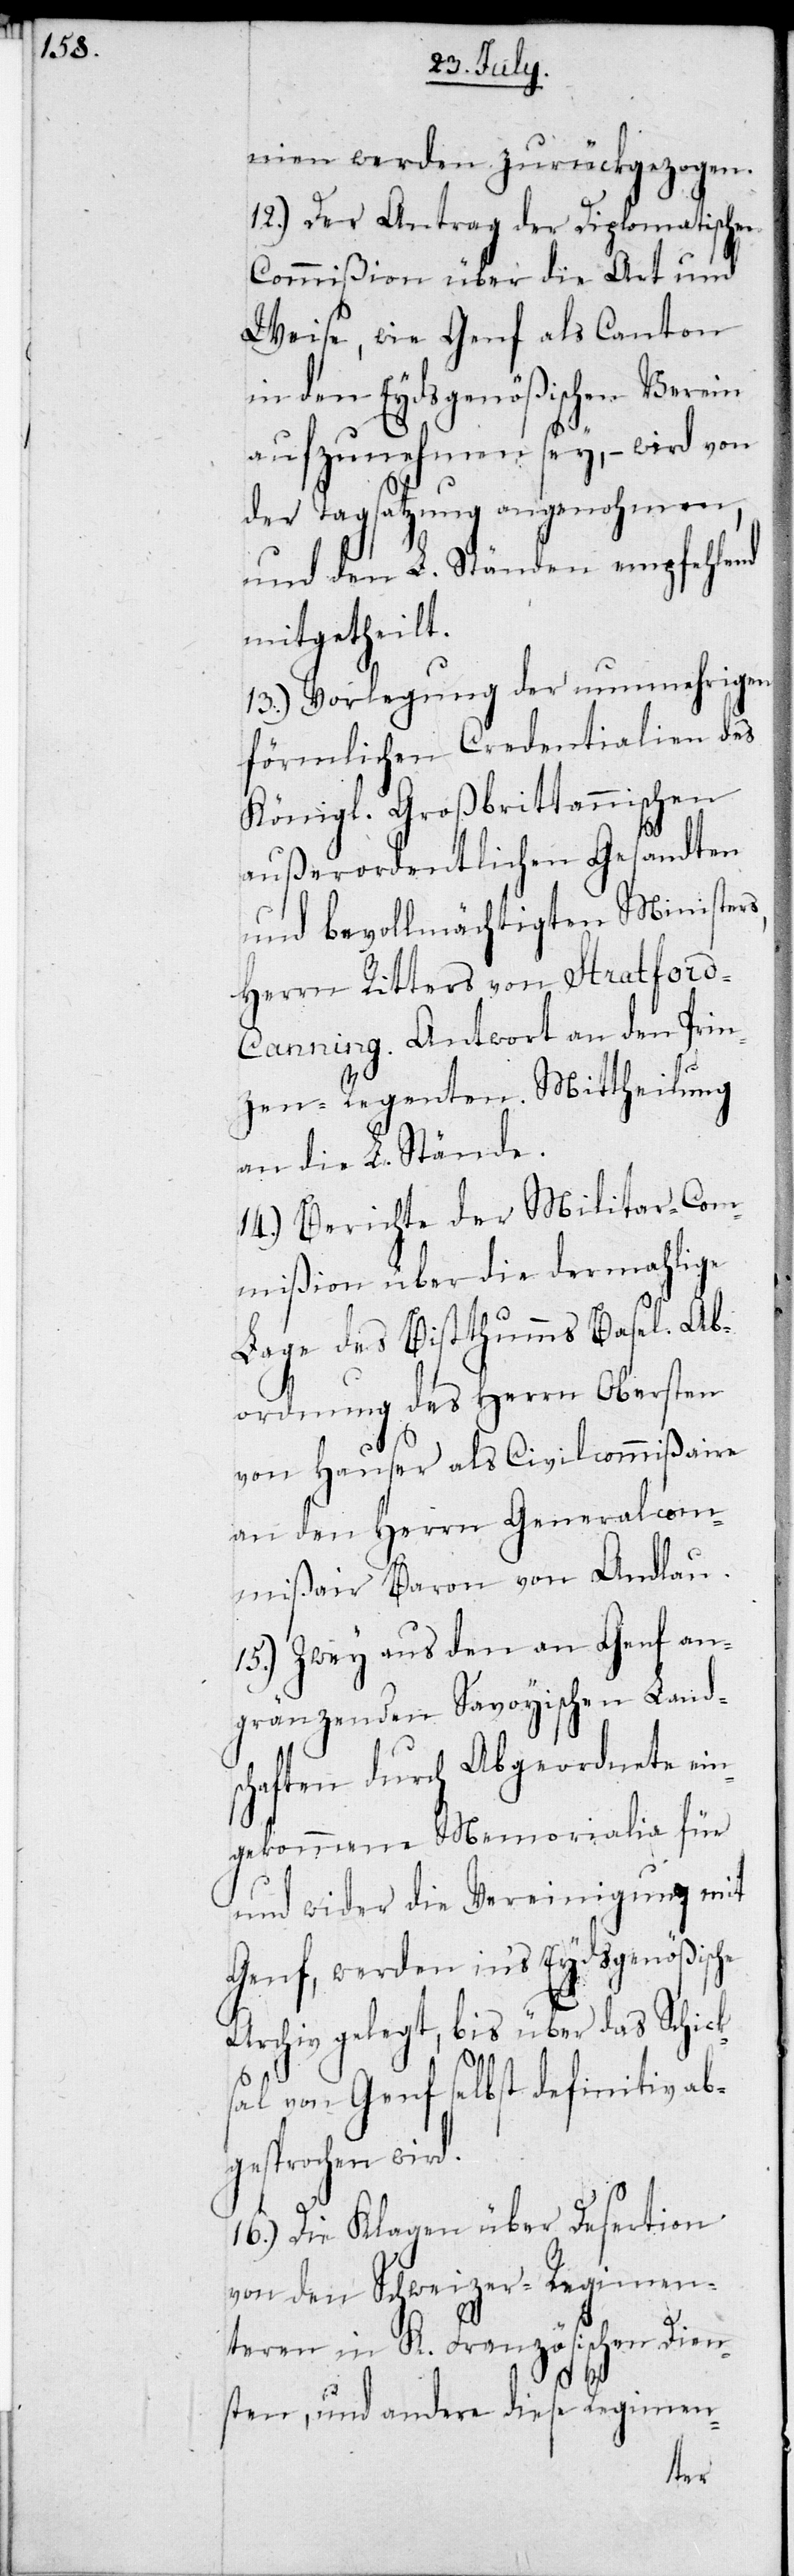
nien werden zurückgezogen.
12.) Der Antrag der Diplomatischen
Commißion über die Art und
Weise, wie Genf als Canton
in den Eydsgenößischen Verein
aufzunehmen sey, – wird von
der Tagsatzung angenohmen,
und den L. Ständen empfehlend
mitgetheilt.
13.) Vorlegung der nunmehrigen
förmlichen Credentialien des
Königl. Großbrittannischen
außerordentlichen Gesandten
und bevollmächtigten Ministers,
Herrn Ritters von Stratford-C¬
anning. Antwort an den Prin¬
zen-Regenten. Mittheilung
an die L. Stände.
14.) Berichte der Militar-Com¬
mißion über die dermahlige
Lage des Bisthumms Basel. Ab¬
ordnung des Herrn Obersten
von Hauser als Civilcomißair
an den Herrn Generacom¬
mißair Baron von Andlau.
15.) Zwey aus den an Genf an¬
gränzenden Savoyischen Land¬
schaften durch Abgeordnete ein¬
gekommene Memorialia für
und wider die Vereinigung mit
Genf, werden in’s Eydsgenößische
Archiv gelegt, bis über das Schick¬
sal von Genf selbst definitiv ab¬
gesprochen wird.
16.) Die Klagen über Desertion
von den Schweizer-Regimen¬
teren in K. Französischen Dien¬
sten, und andere diese Regimen-